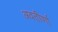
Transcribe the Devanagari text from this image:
अवतीर्णा